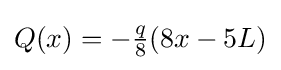
Q(x)=-{\tfrac {q}{8}}(8x-5L)